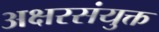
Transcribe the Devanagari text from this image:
अक्षरसंयुक्त